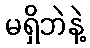
မရှိဘဲနဲ့